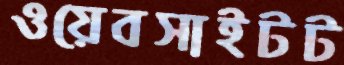
ওয়েবসাইটট